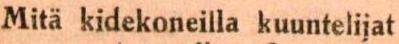
Mitä kidekoneilla kuuntelijat